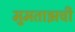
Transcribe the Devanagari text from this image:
मुमताझची